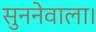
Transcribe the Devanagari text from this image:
सुननेवाला।